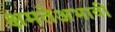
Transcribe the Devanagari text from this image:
क्षमतेअभावी